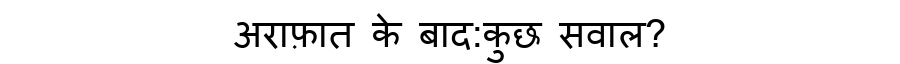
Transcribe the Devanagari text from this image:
अराफ़ात के बाद:कुछ सवाल?